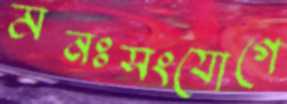
মনঃসংযোগে